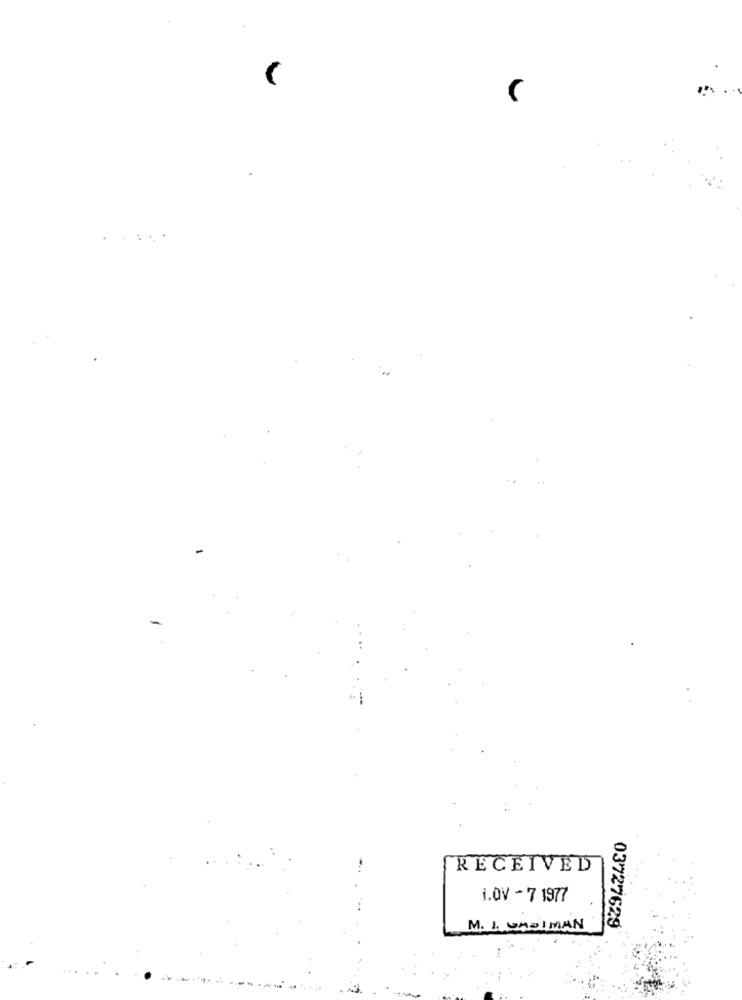
-
RECEIVED
i.OV - 7 1977
M. 1. UMDIMAN
03727629